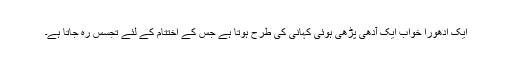
ایک ادھورا خواب ایک آدھی پڑھی ہوئی کہانی کی طرح‌ ہوتا ہے جس کے اختتام کے لئے تجسس رہ جاتا ہے۔